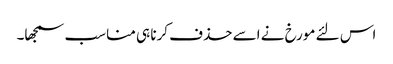
اس لئے مورخ نے اسے حذف کرنا ہی مناسب سمجھا۔